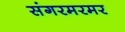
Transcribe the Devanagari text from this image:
संगरमरमर